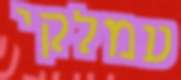
עמלקי